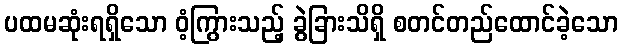
ပထမဆုံးရရှိသော ဝံ့ကြွားသည့် ခွဲခြားသိရှိ စတင်တည်ထောင်ခဲ့သော